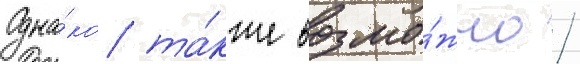
Одна́ко та́кже возмо́жно /